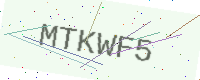
Text: MTKWF5